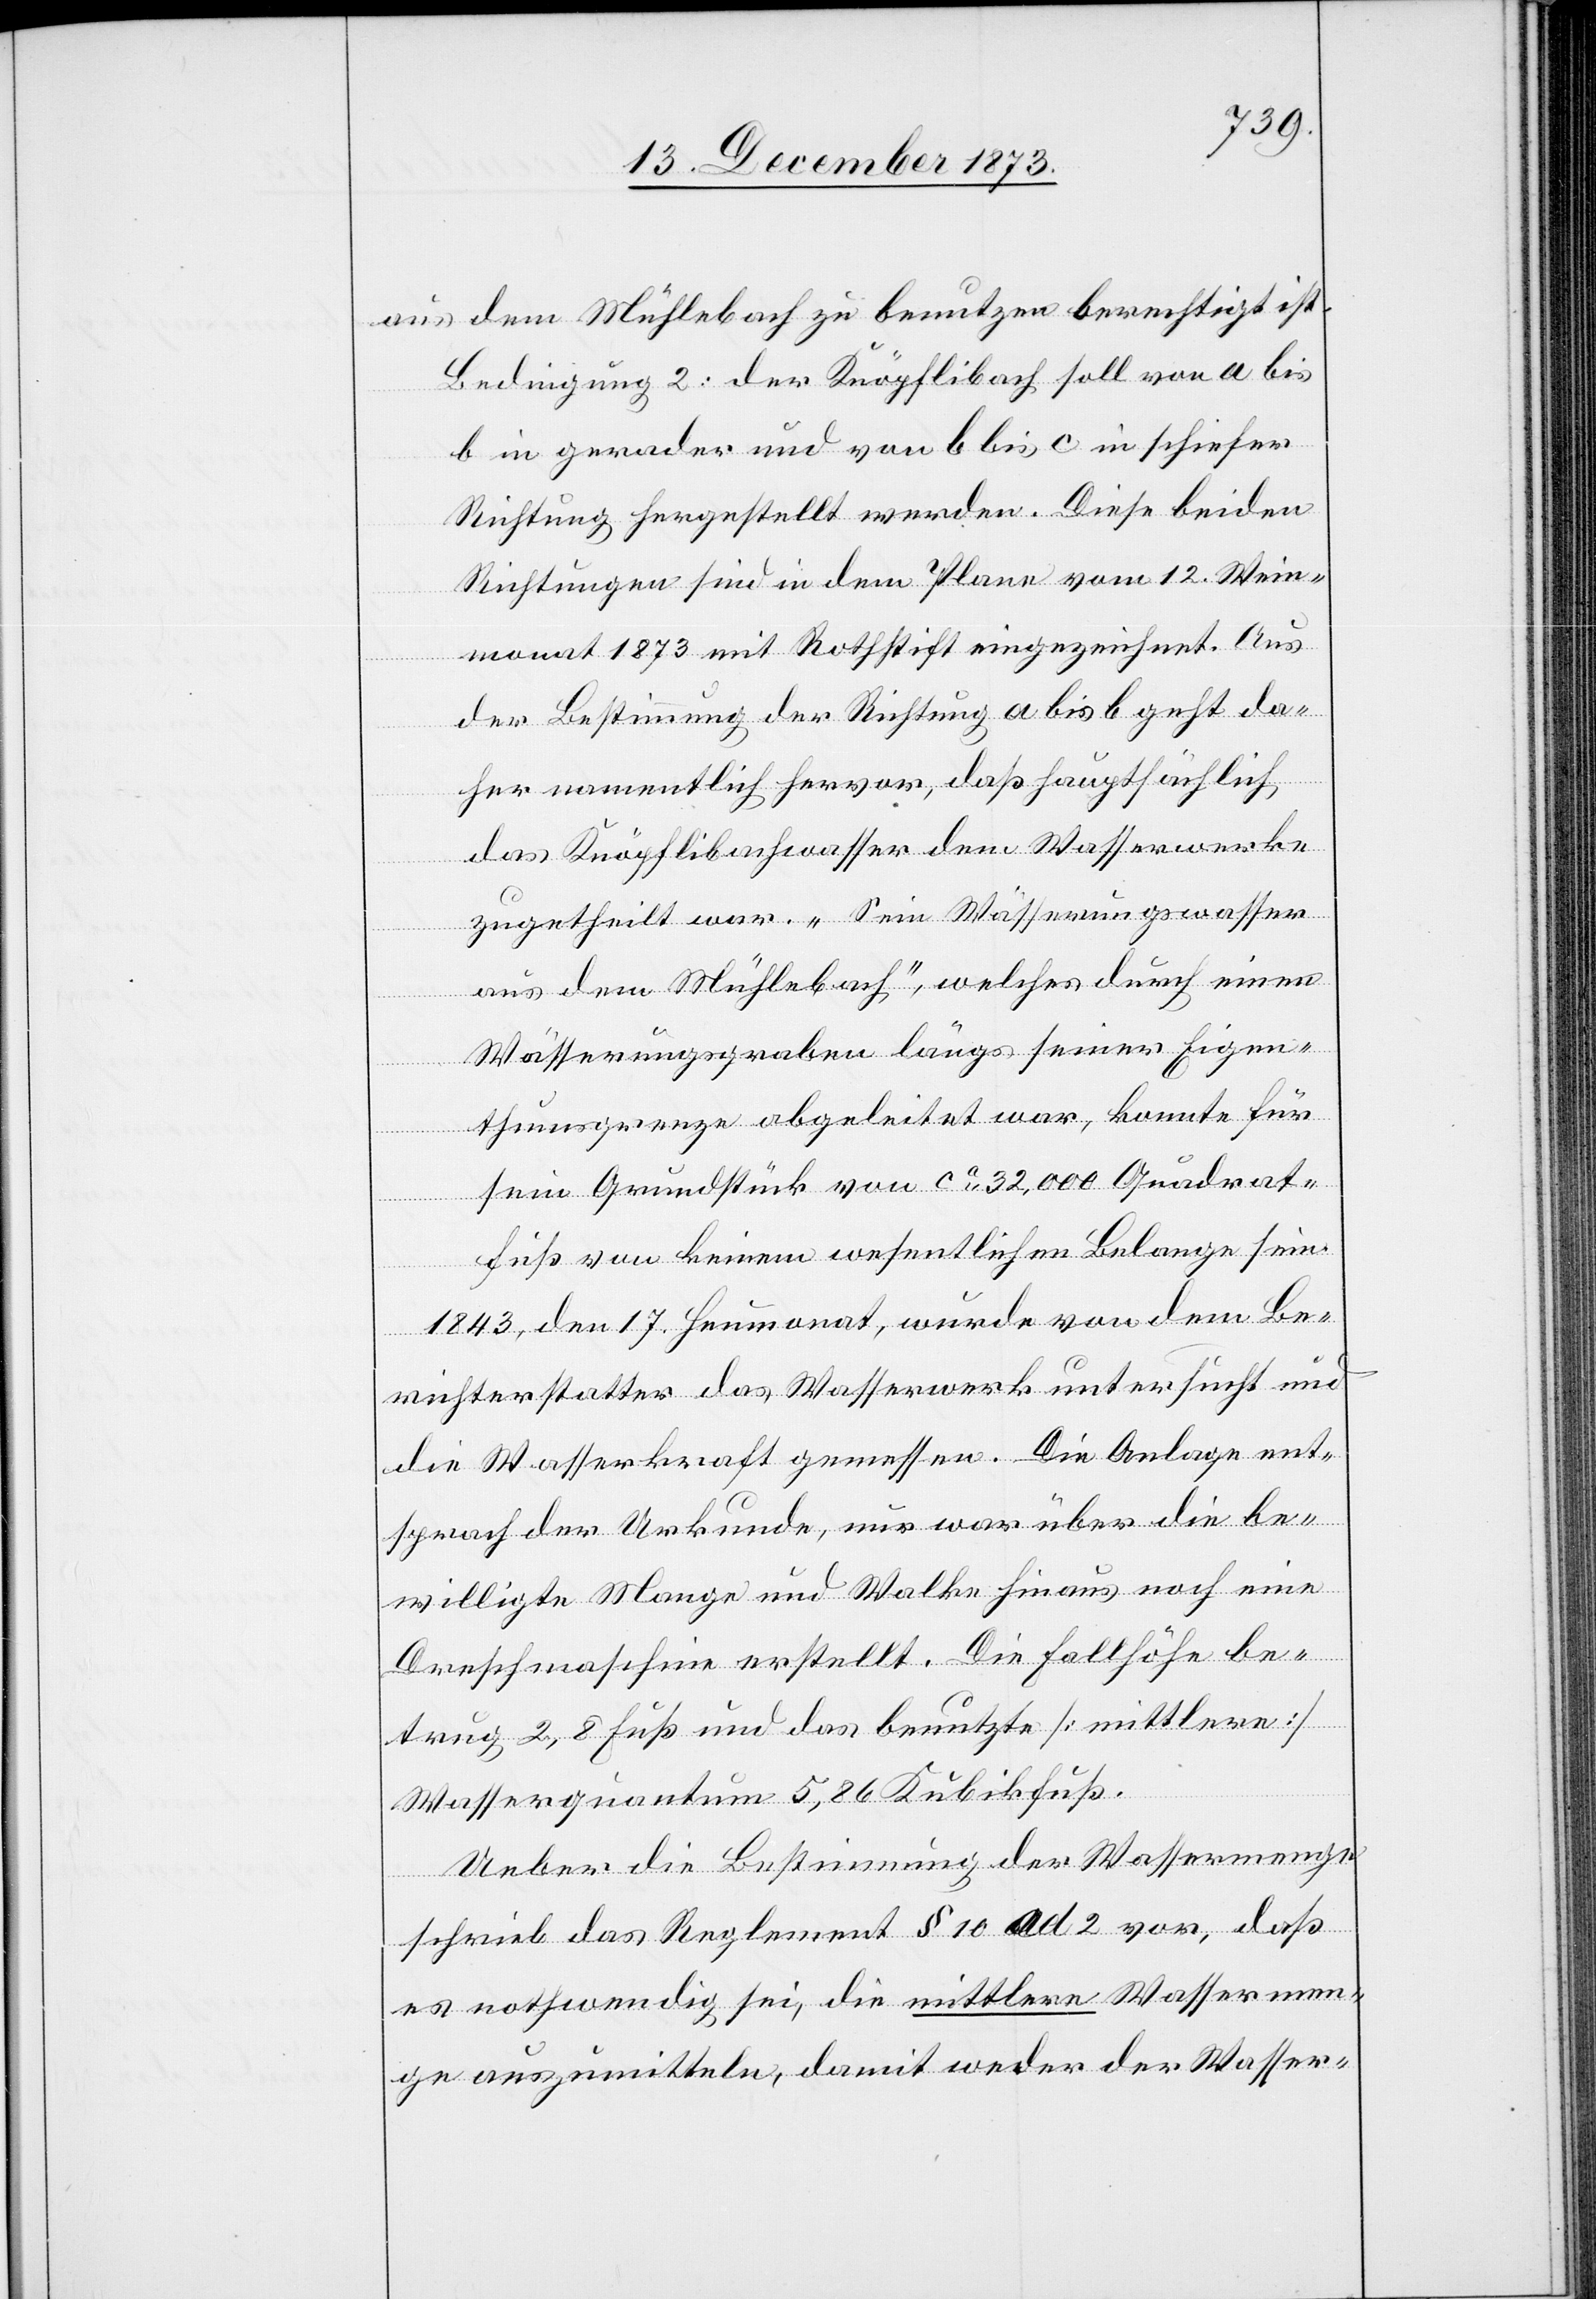
aus dem Mühlebach zu benutzen berechtigt ist.
Bedingung 2: der Knöpflibach soll von a bis
b in gerader und von b bis c in schiefer
Richtung hergestellt werden. Diese beiden
Richtungen sind in dem Plane vom 12. Wein¬
monat 1873 mit Rothstift eingezeichnet. Aus
der Bestimmung der Richtung a bis b geht da¬
her namentlich hervor, daß hauptsächlich
das Knöpflibachwasser dem Wasserwerke
zugetheilt war. „Sein Wässerungswasser
aus dem Mühlebach“, welches durch einen
Wässerungsgraben längs seiner Eigen¬
thumsgrenze abgeleitet war, konnte für
sein Grundstück von ca 32,000 Quadrat¬
fuß von keinem wesentlichen Belange sein.
1843, den 17. Heumonat, wurde von dem Be¬
richterstatter das Wasserwerk untersucht und
die Wasserkraft gemessen. Die Anlage ent¬
sprach der Urkunde, nur war über die be¬
willigte Mange und Walke hinaus noch eine
Dreschmaschine erstellt. Die Fallhöhe be¬
trug 2,8 Fuß und das benutzt [mittlere]
Wasserquantum 5,86 Kubikfuß.
Ueber die Bestimmung der Wassermenge
schrieb das Reglement § 10 ad 2 vor, daß
es nothwendig sei, die mittlere Wassermen¬
ge auszumitteln, damit weder der Wasser-